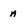
Character: a